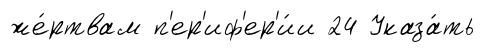
же́ртвам п'ер'иф'ер'и́и 24 Указа́ть